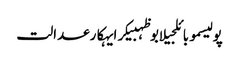
پولیسموبائلجیلابوظہبیکرایہکارعدالت